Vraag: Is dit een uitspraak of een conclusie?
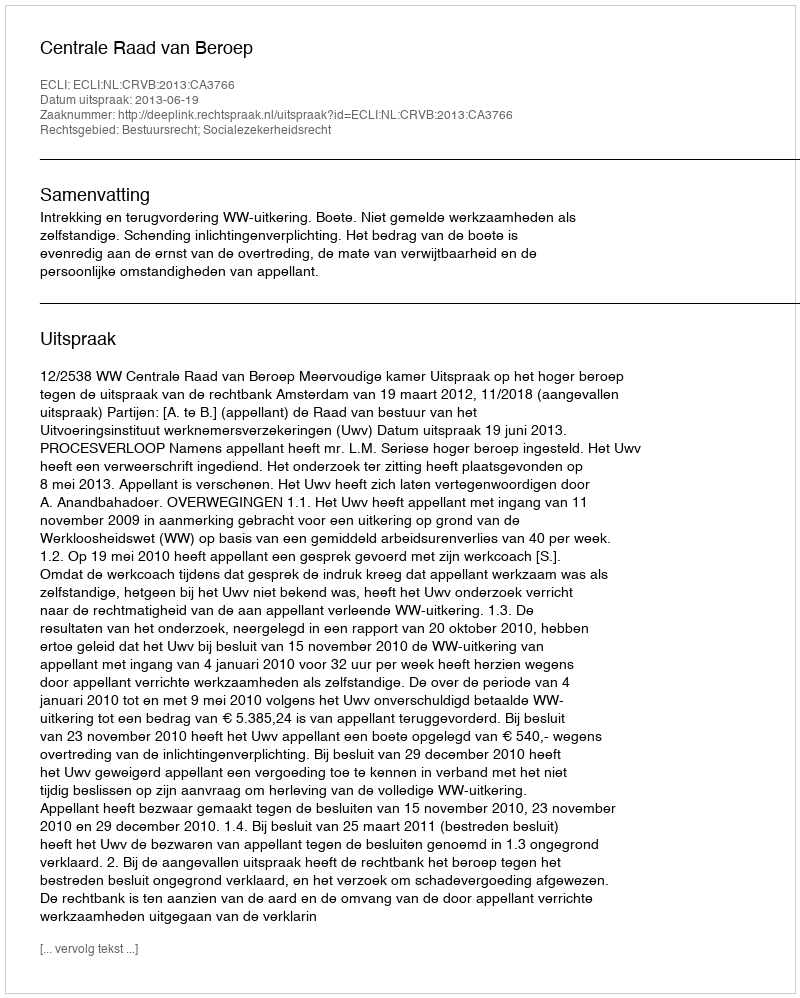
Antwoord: Uitspraak